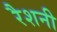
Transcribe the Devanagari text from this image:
रैशनी